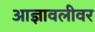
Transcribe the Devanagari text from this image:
आज्ञावलीवर